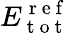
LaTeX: E_{\mathrm{~t~o~t~}}^{\mathrm{~r~e~f~}}